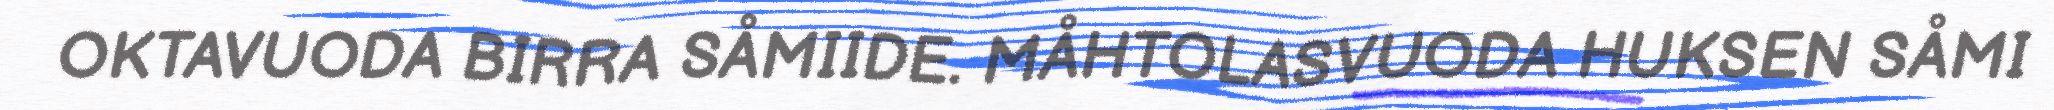
OKTAVUODA BIRRA SÅMIIDE. MÅHTOLASVUODA HUKSEN SÅMI